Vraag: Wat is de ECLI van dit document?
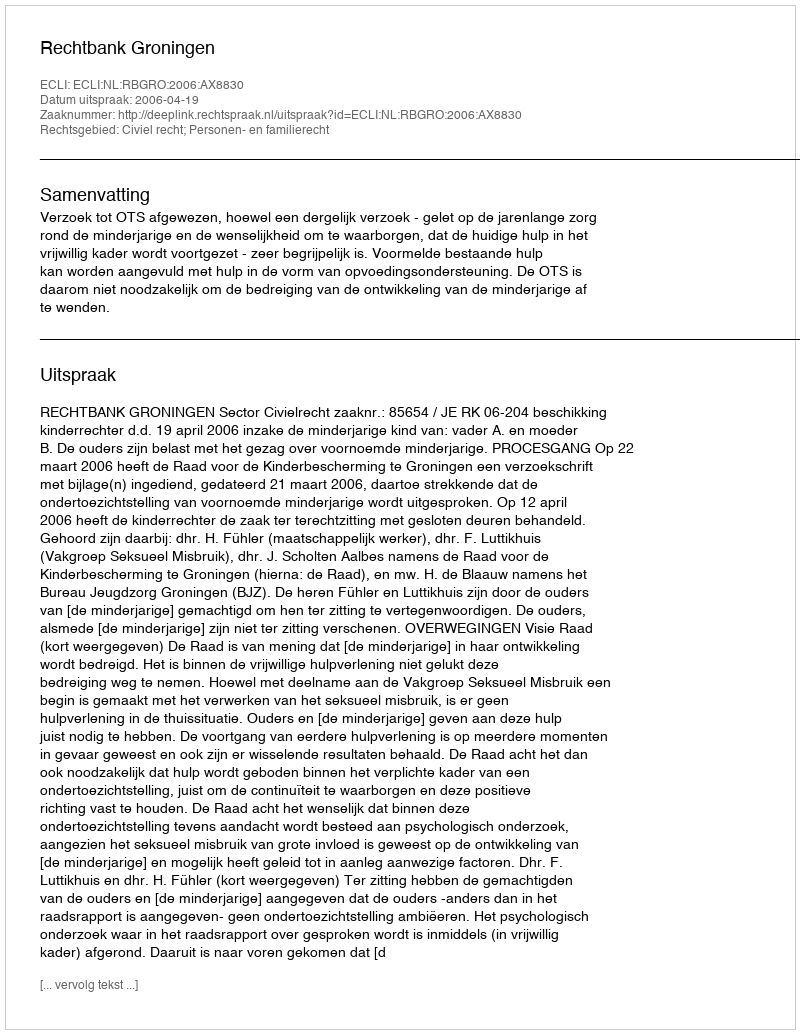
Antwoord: ECLI:NL:RBGRO:2006:AX8830